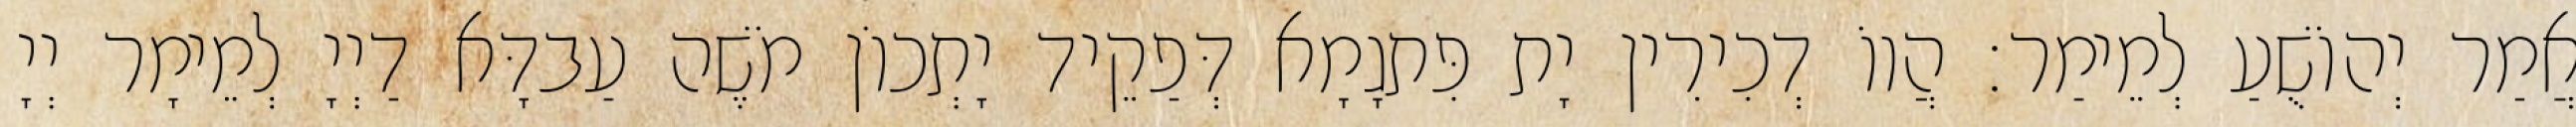
אֲמַר יְהוֹשֻׁעַ לְמֵימַר׃ הֲווֹ דְכִירִין יָת פִּתגָמָא דְּפַקֵיד יָתְכוֹן מֹשֶׁה עַבדָּא דַיְיָ לְמֵימָר יְיָ